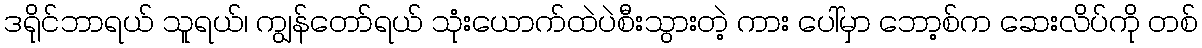
ဒရိုင်ဘာရယ် သူရယ်၊ ကျွန်တော်ရယ် သုံးယောက်ထဲပဲစီးသွားတဲ့ ကား ပေါ်မှာ ဘော့စ်က ဆေးလိပ်ကို တစ်